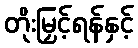
တိုးမြှင့်ရန်နှင့်